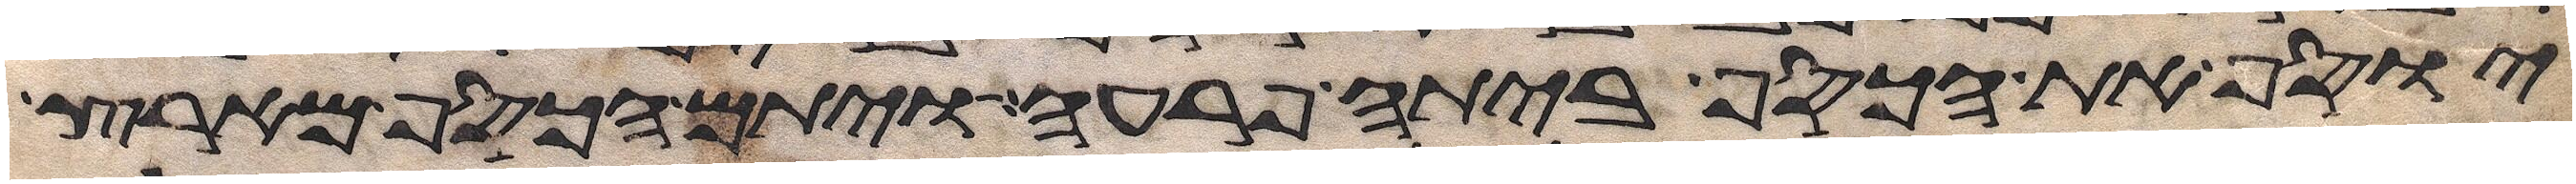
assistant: יוסף את הכסף ביתה פרעה ויתם הכסף מארץ